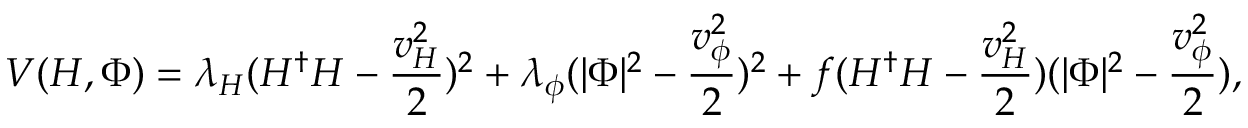
V ( H , \Phi ) = \lambda _ { H } ( H ^ { \dagger } H - { \frac { v _ { H } ^ { 2 } } { 2 } } ) ^ { 2 } + \lambda _ { \phi } ( | \Phi | ^ { 2 } - { \frac { v _ { \phi } ^ { 2 } } { 2 } } ) ^ { 2 } + f ( H ^ { \dagger } H - { \frac { v _ { H } ^ { 2 } } { 2 } } ) ( | \Phi | ^ { 2 } - { \frac { v _ { \phi } ^ { 2 } } { 2 } } ) ,